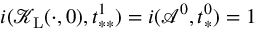
i ( \mathcal { K } _ { \mathrm { L } } ( \cdot , 0 ) , t _ { * * } ^ { 1 } ) = i ( \mathcal { A } ^ { 0 } , t _ { * } ^ { 0 } ) = 1